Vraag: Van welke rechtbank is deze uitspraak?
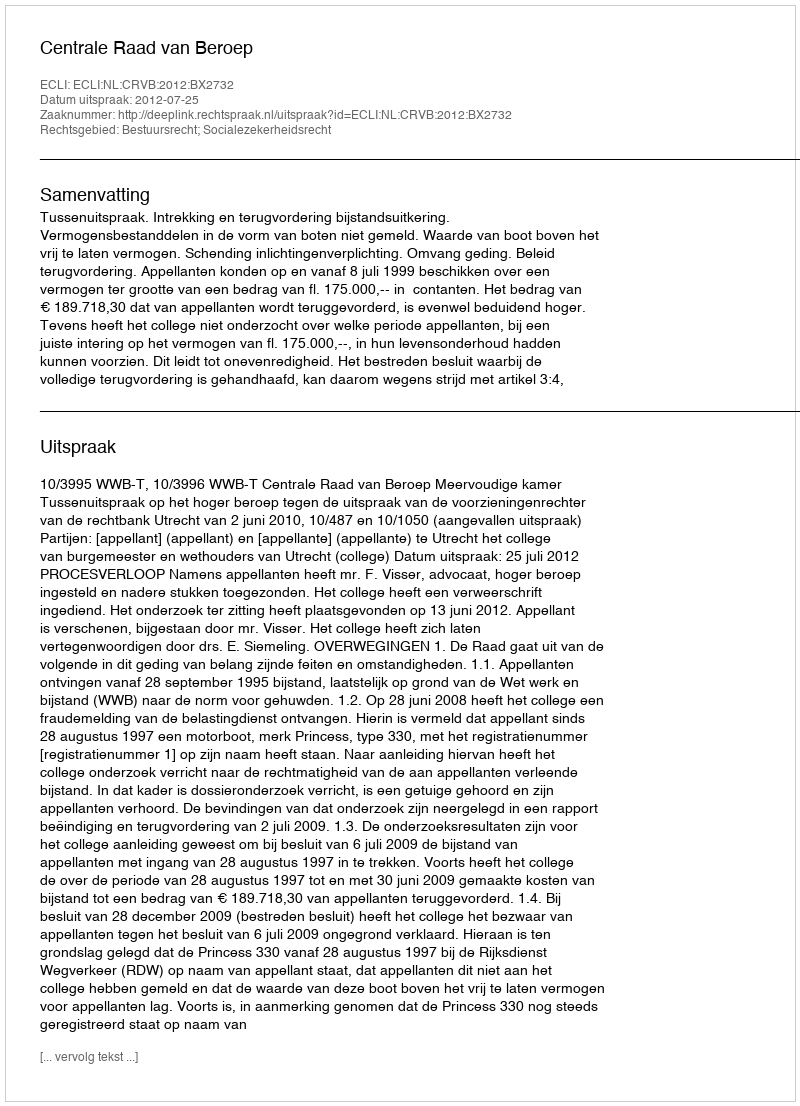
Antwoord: Centrale Raad van Beroep